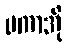
မကာအို